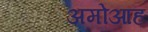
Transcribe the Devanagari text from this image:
अमोआह